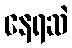
နေရဆဲ